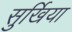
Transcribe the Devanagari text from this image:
सुर्खिया